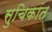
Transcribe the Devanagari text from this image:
सुचिकांत